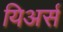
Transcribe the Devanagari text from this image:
यिअर्स